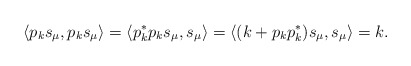
\begin{align*}\langle p_ks_\mu,p_ks_\mu\rangle=\langle p_k^*p_ks_\mu,s_\mu\rangle=\langle (k+p_kp_k^*)s_\mu,s_\mu\rangle=k.\end{align*}